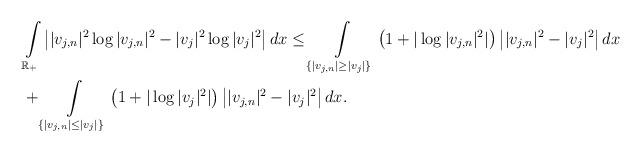
LaTeX: \begin{align*}&\int\limits_{\mathbb{R}_+}\left||v_{j,n}|^2\log|v_{j,n}|^2-|v_{j}|^2\log|v_{j}|^2\right|dx\leq \int\limits_{\{|v_{j,n}|\geq |v_{j}|\}}\left(1+|\log|v_{j,n}|^2|\right)\left||v_{j,n}|^2-|v_{j}|^2\right|dx \\&+ \int\limits_{\{|v_{j,n}|\leq |v_{j}|\}}\left(1+|\log|v_{j}|^2|\right)\left||v_{j,n}|^2-|v_{j}|^2\right|dx.\end{align*}